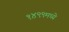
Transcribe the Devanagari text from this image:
१४९९मध्ये